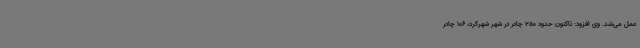
عمل می‌شد. وی افزود: تاکنون حدود 250 چادر در شهر شهرکرد، 106 چادر